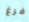
فرغ